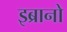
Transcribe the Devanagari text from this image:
इब्रानो